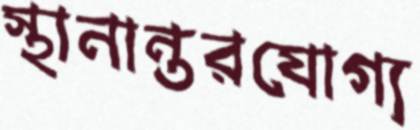
স্থানান্তরযোগ্য